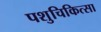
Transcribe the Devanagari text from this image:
पशुचिकित्‍सा